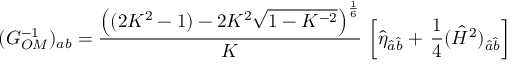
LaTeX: ( G _ { O M } ^ { - 1 } ) _ { a b } = { \frac { \left( ( 2 K ^ { 2 } - 1 ) - 2 K ^ { 2 } \sqrt { 1 - K ^ { - 2 } } \right) ^ { \frac { 1 } { 6 } } } { K } } \, \left[ \hat { \eta } _ { \hat { a } \hat { b } } + \, { \frac { 1 } { 4 } } ( \hat { { \cal H } } ^ { 2 } ) _ { \hat { a } \hat { b } } \right]